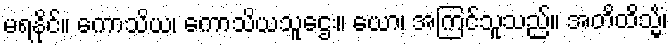
မရနိုင်။ ကောသိယ၊ ကောသိယသူဌေး။ ယော၊ အကြင်သူသည်။ အတိထိသ္မိံ၊